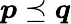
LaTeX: \boldsymbol{p}\preceq\boldsymbol{q}